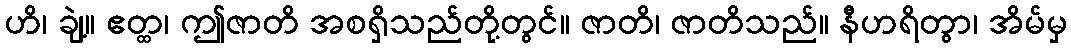
ဟိ၊ ချဲ့။ ဧတ္ထ၊ ဤဇာတိ အစရှိသည်တို့တွင်။ ဇာတိ၊ ဇာတိသည်။ နီဟရိတွာ၊ အိမ်မှ